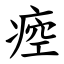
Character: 㾤